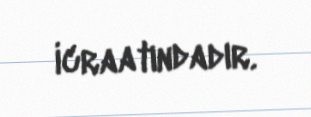
icraatındadır.